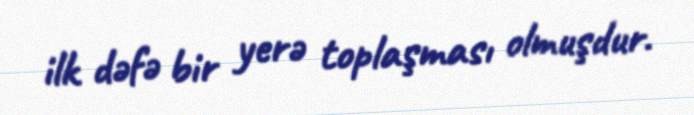
ilk dəfə bir yerə toplaşması olmuşdur.